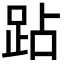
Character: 跕